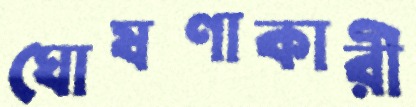
ঘোষণাকারী